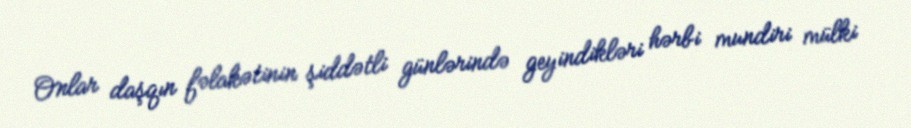
Onlar daşqın fəlakətinin şiddətli günlərində geyindikləri hərbi mundiri mülki